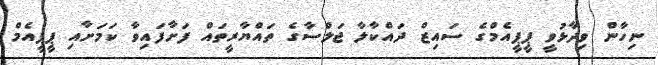
ނިހާން ވިދާޅުވީ ޕީޕީއެމްގެ ސައިޒް ދައްކާލާ ޖަލްސާގެ ތައްޔާރީތައް ފަށާފައިވާ ކަމަށާއި ޕީޕީއެމް